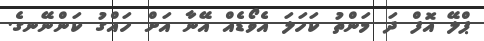
ޕްލޭ އޮފް ދަ މަންތު ކަހަލަ އެވޯޑެއް އޭނާ އަށް ހައްގު ކަންނޭނގެ.